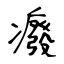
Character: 癈